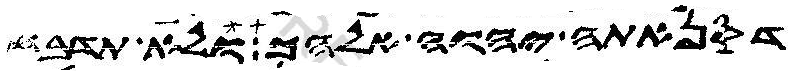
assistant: דסנאתה יהוה אלהך ולא תדבח